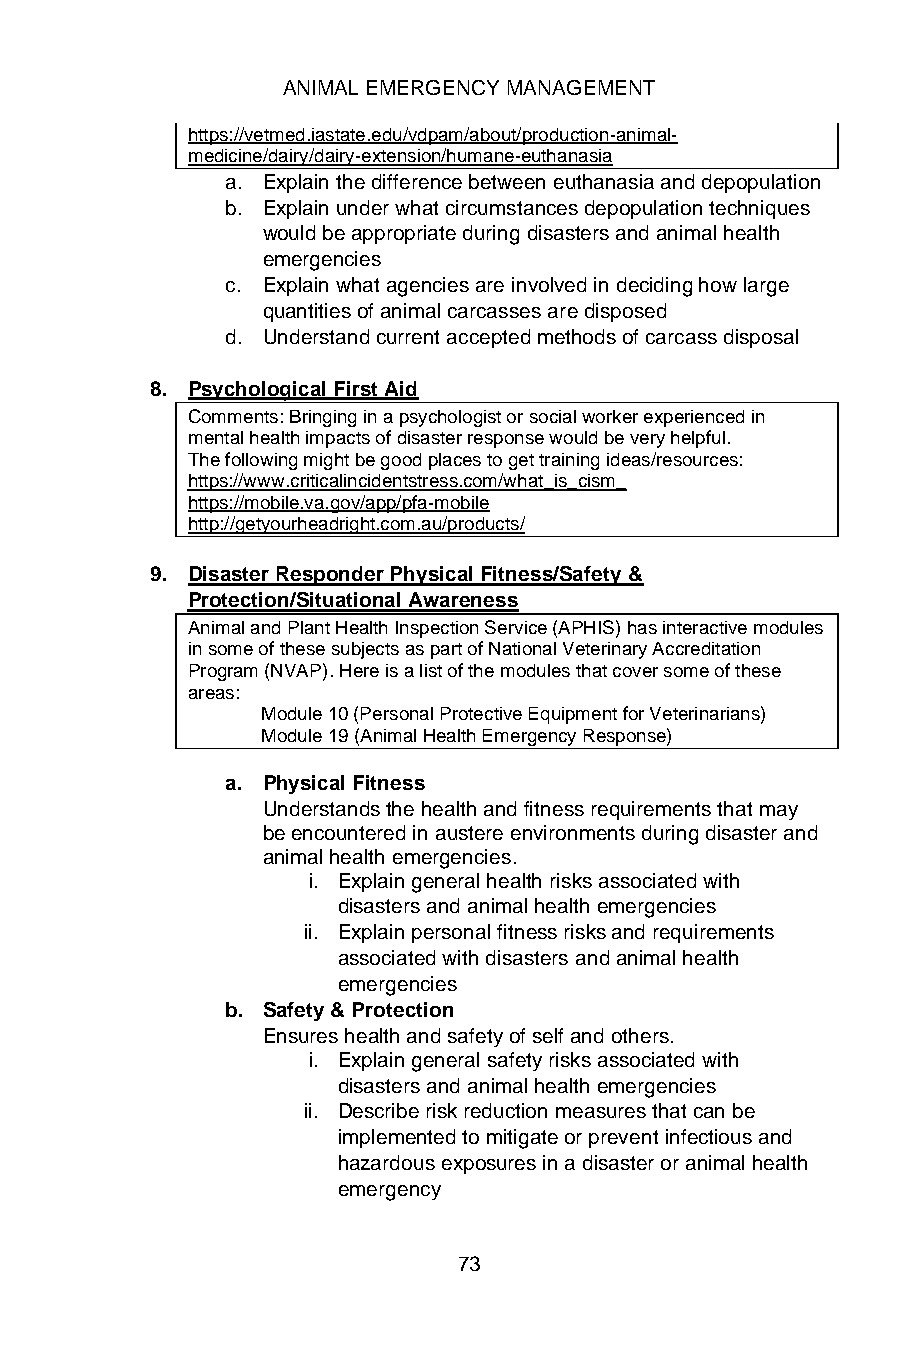
ANIMAL EMERGENCY MANAGEMENT
 https://vetmed.iastate.edu/vdpam/about/production-animal-
 medicine/dairy/dairy-extension/humane-euthanasia
 a. Explain the difference between euthanasia and depopulation
 b. Explain under what circumstances depopulation techniques
 would be appropriate during disasters and animal health
 emergencies
 c. Explain what agencies are involved in deciding how large
 quantities of animal carcasses are disposed
 d. Understand current accepted methods of carcass disposal
 8. Psychological First Aid
 Comments: Bringing in a psychologist or social worker experienced in
 mental health impacts of disaster response would be very helpful.
 The following might be good places to get training ideas/resources:
 https://www.criticalincidentstress.com/what_is_cism_
 https://mobile.va.gov/app/pfa-mobile
 http://getyourheadright.com.au/products/
 9. Disaster Responder Physical Fitness/Safety &
 Protection/Situational Awareness
 Animal and Plant Health Inspection Service (APHIS) has interactive modules
 in some of these subjects as part of National Veterinary Accreditation
 Program (NVAP). Here is a list of the modules that cover some of these
 areas:
 Module 10 (Personal Protective Equipment for Veterinarians)
 Module 19 (Animal Health Emergency Response)
 a. Physical Fitness
 Understands the health and fitness requirements that may
 be encountered in austere environments during disaster and
 animal health emergencies.
 i. Explain general health risks associated with
 disasters and animal health emergencies
 ii. Explain personal fitness risks and requirements
 associated with disasters and animal health
 emergencies
 b. Safety & Protection
 Ensures health and safety of self and others.
 i. Explain general safety risks associated with
 disasters and animal health emergencies
 ii. Describe risk reduction measures that can be
 implemented to mitigate or prevent infectious and
 hazardous exposures in a disaster or animal health
 emergency
 73